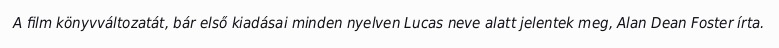
A film könyvváltozatát, bár első kiadásai minden nyelven Lucas neve alatt jelentek meg, Alan Dean Foster írta.